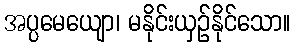
အပ္ပမေယျော၊ မနိုင်းယှဉ်နိုင်သော။